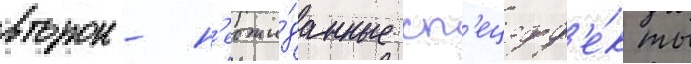
второи - н'еожи́данные сп'ецэфф'е́кты